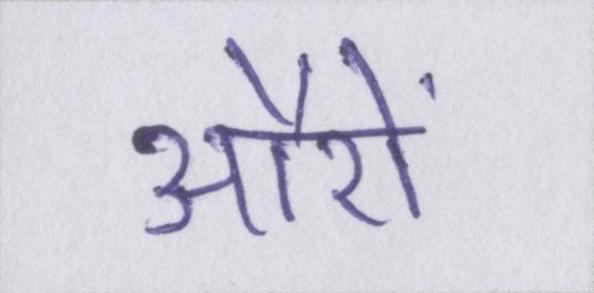
औरों